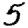
Digit: 5